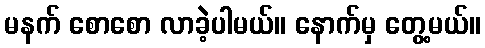
မနက် စောစော လာခဲ့ပါမယ်။ နောက်မှ တွေ့မယ်။